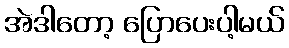
အဲဒါတော့ ပြောပေးပါ့မယ်